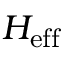
H _ { \mathrm { e f f } }